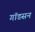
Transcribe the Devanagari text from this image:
गॉडसन